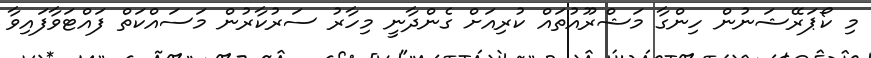
މި ކޯޕަރޭޝަނުން ހިންގާ މަޝްރޫއުތައް ކުރިއަށް ގެންދާނީ މިހާރު ސަރުކާރުން މަސައްކަތް ފައްޓަވާފައިވާ